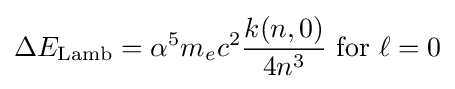
\Delta E_{\mathrm {Lamb} }=\alpha ^{5}m_{e}c^{2}{\frac {k(n,0)}{4n^{3}}}\ \mathrm {for} \ \ell =0